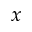
x